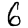
Digit: 6